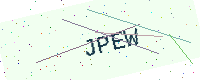
Text: JPEW